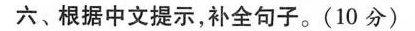
六、根据中文提示,补全句子.(10 分)